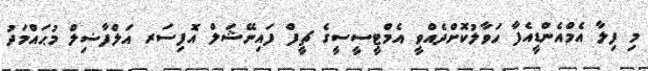
މި ފިލާ އެމްއެންޑީއެފާ ހަވާލުކޮށްދެއްވީ އެމްޓީސީސީގެ ޗީފް ފައިނޭޝަލް އޮފިސަރ އަލްފާޟިލް މުޙައްމަދު